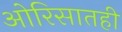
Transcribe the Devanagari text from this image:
ओरिसातही